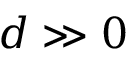
d \gg 0